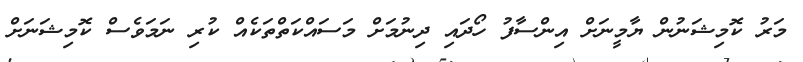
މަރު ކޮމިޝަނުން ޔާމީނަށް އިންސާފު ހޯދައި ދިނުމަށް މަސައްކަތްތަކެއް ކުރި ނަމަވެސް ކޮމިޝަނަށް